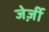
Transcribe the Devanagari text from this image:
जेर्ज़ी